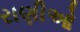
રાણીઓ